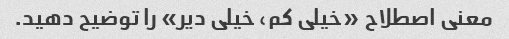
معنی اصطلاح «خیلی کم، خیلی دیر» را توضیح دهید.